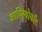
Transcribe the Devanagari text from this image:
आपिस्थोकाँट